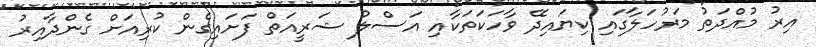
އިރު މުއްދަތު މަރުހަލާގައި ކިޔައިދޭ ވާހަކަތަކާއި އަސްލު ޝަރީއަތް ފަށައިގެން ކުރިއަށް ގެންދާއިރު